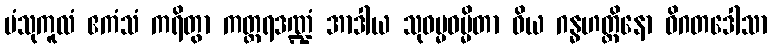
ပံသုကူလံ ဧကံသံ ကရိတွာ ကတ္တရဒဏ္ဍံ အာဒါယ သုဝမ္မဝမ္မိတာ ဝိယ ဂန္ဓဟတ္ထိနော ဝိဂတဒေါသာ